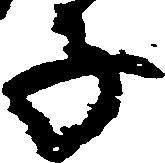
子